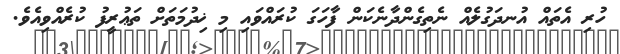
ހުރި އެތައް އުނދަގުލެއް ނެތިގެންދާނެކަން ފާހަގަ ކުރައްވައި މި ޚިދުމަތަށް ތަޢުރީފު ކުރެއްވިއެވެ.